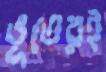
ভূতেরই